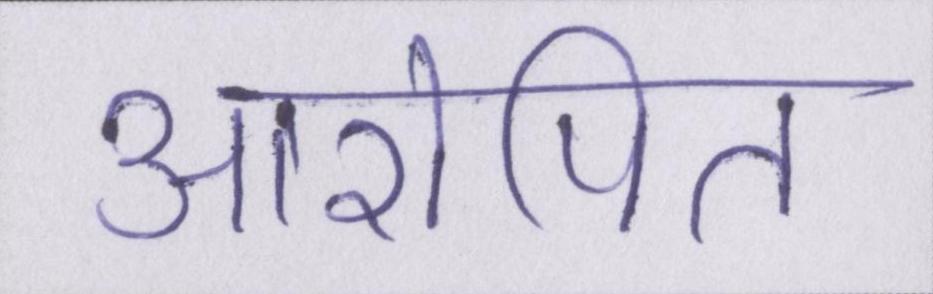
आरोपित